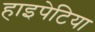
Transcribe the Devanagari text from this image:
हाइपेटिया